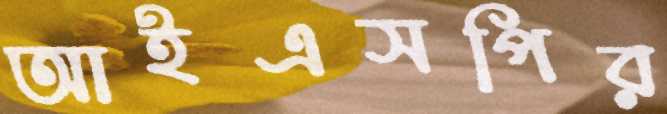
আইএসপির